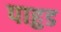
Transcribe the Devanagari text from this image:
पाहुड